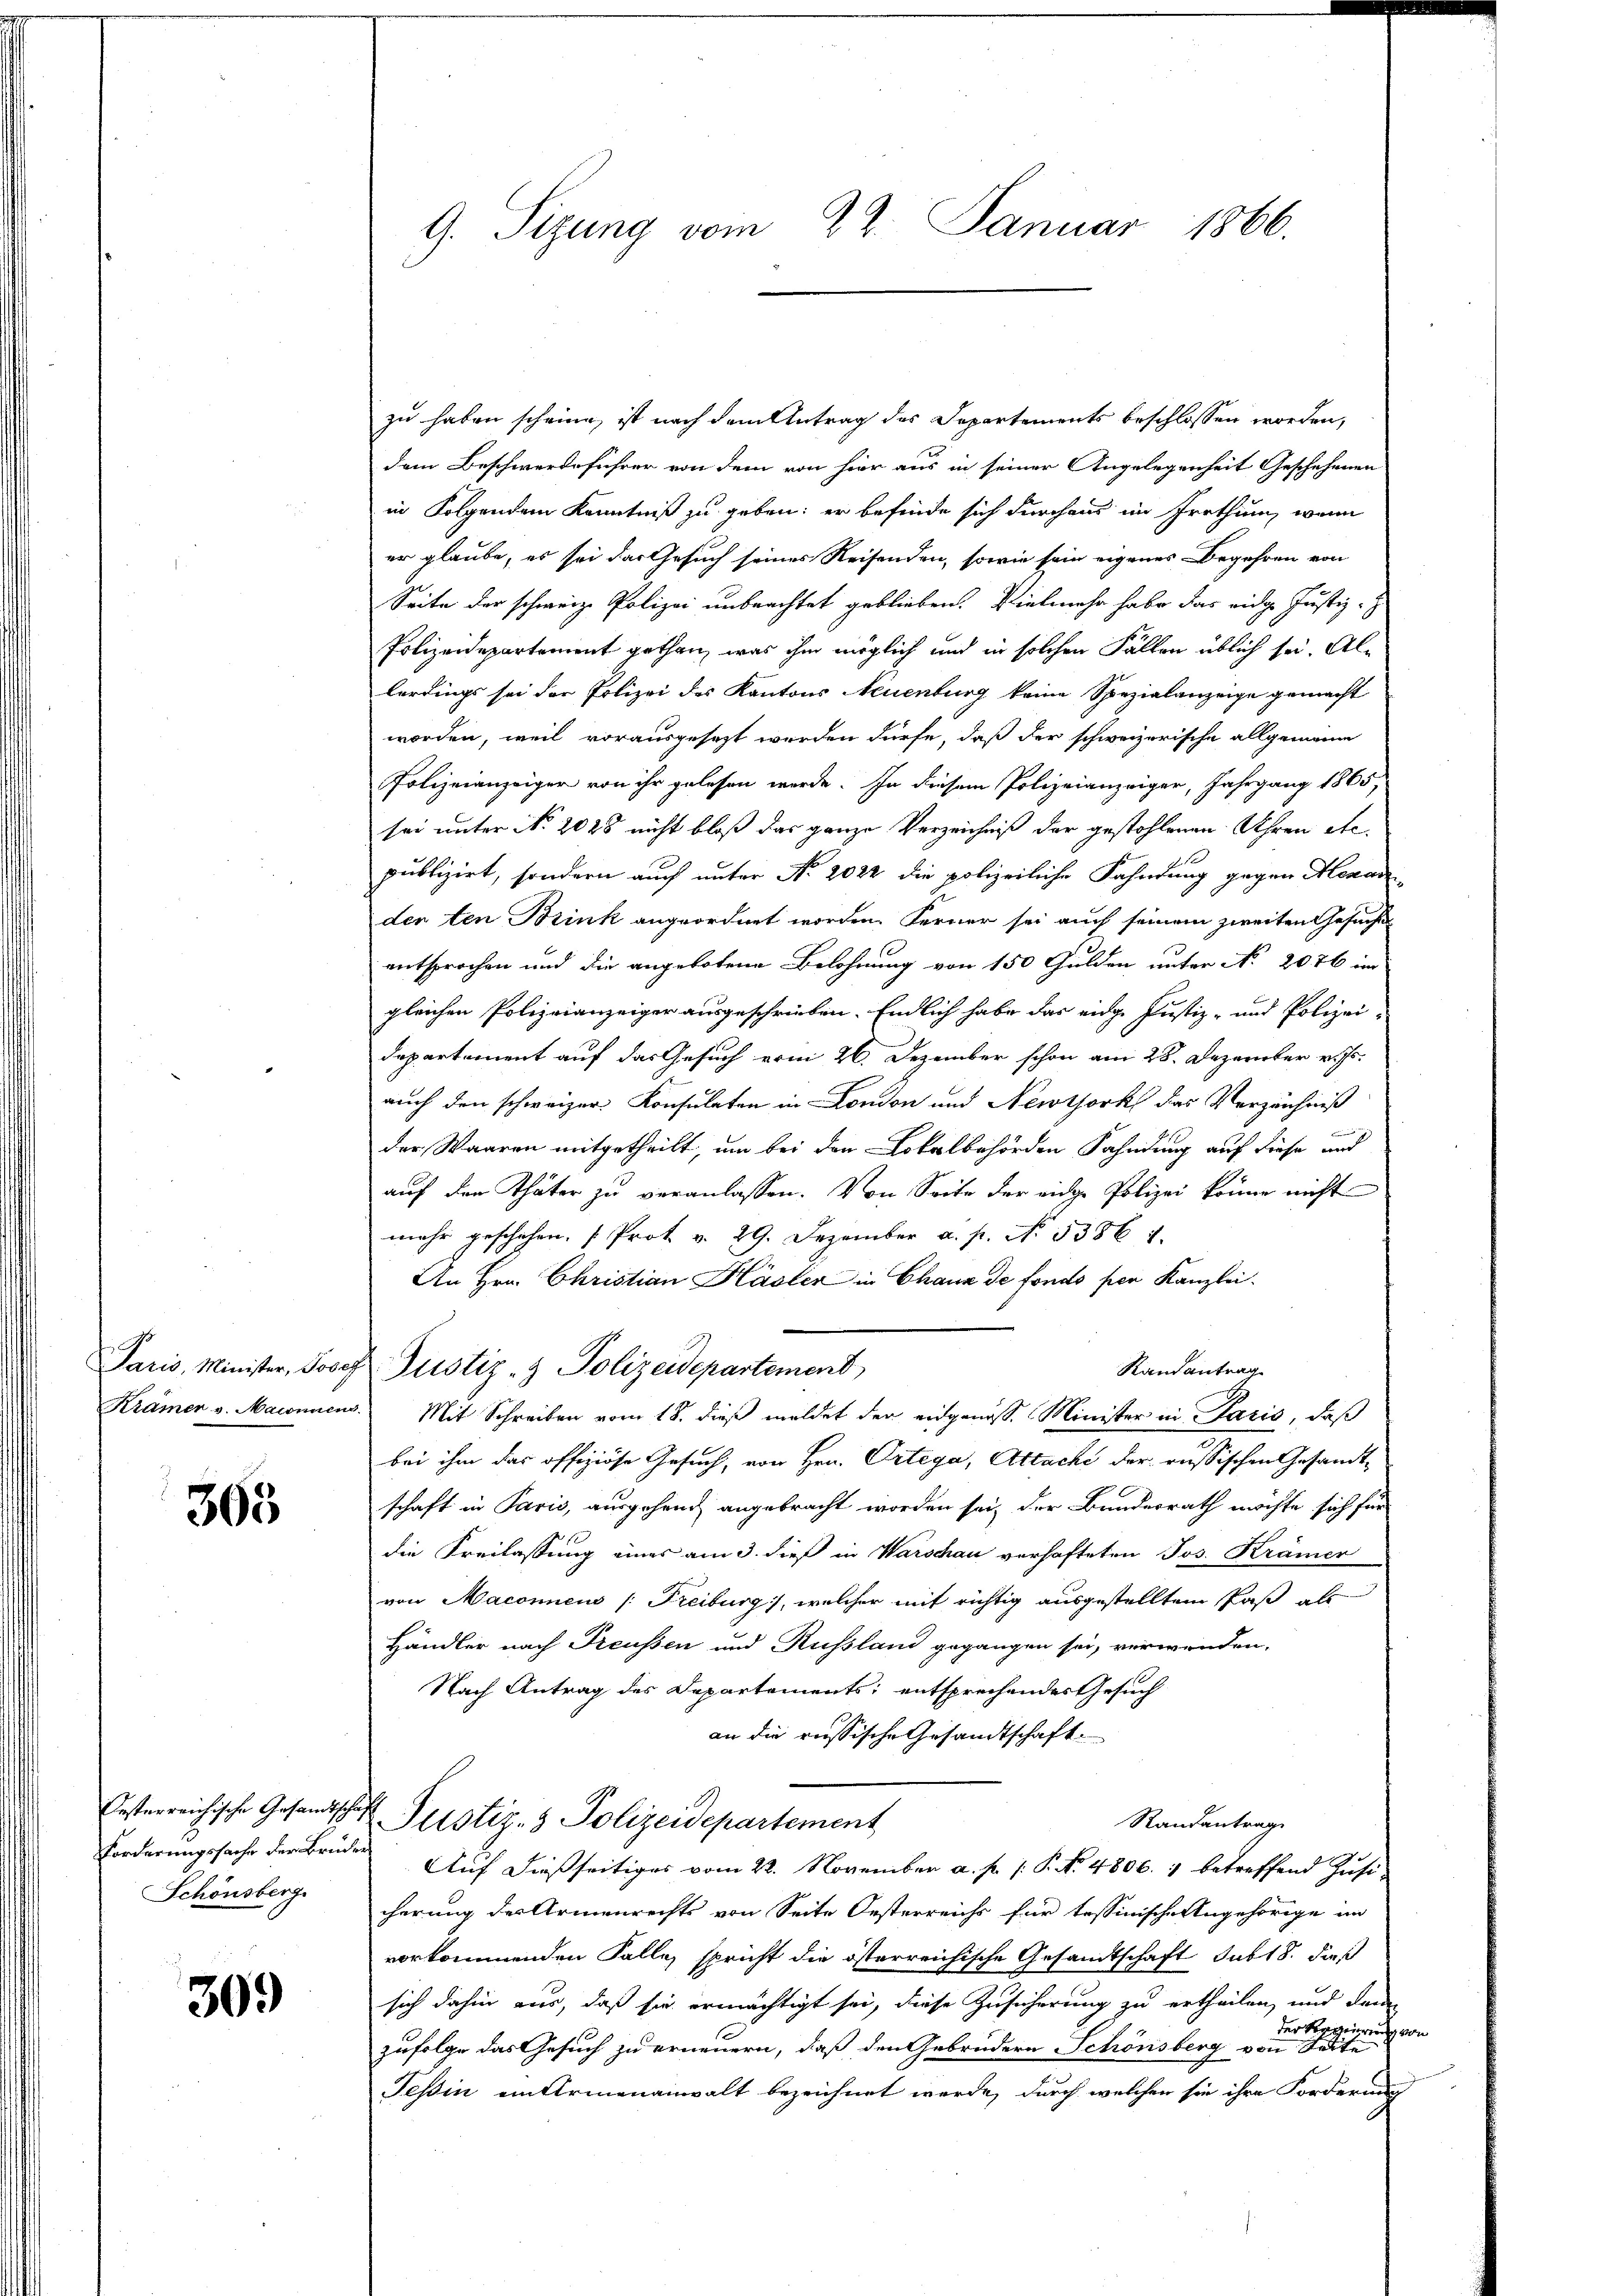
305

Schönsberg.

309

zu haben scheine, ist nach dem Antrag des Departements beschlossen worden,
dem Beschwerdeführer von dem von hier aus in seiner Angelegenheit Geschehenen
in Folgendem Kenntniß zu geben; er befinde sich durchaus im Irrthum, wenn
er glaube, es sei das Gesuch seines Reisenden, sowie sein eigenes Begehren von
Seite der schweiz. Polizei unbeachtet geblieben. Vielmehr habe das eidge Justiz-
Polizeidepartement gethan, was ihm möglich und in solchen Fällen üblich sei. Allerdings sei der Polizei des Kantons Neuenburg keine Spezialanzeige gemacht
worden, weil vorausgesezt werden dürfe, daß der schweizerische allgemeine
Polizeianzeiger von ihr gelesen werde. In diesem Polizeianzeiger, Jahrgang 1865,
sei unter No. 2028 nicht bloß das ganze Verzeichniß der gestohlenen Uhren etc.
publizirt, sondern auch unter No. 2022 die polizeiliche Fahndung gegen Menar
den ten Brink angeordnet worden. Ferner sei auch seinem zweiten Gesuches
entsprochen und die angebotene Belohnung von 150 Gulden unter No 2076 im
gleichen Polizeianzeiger ausgeschrieben. Endlich habe das eidge Justiz- und Polizei-
Departement auf das Gesuch vom 26. Dezember schon am 28. Dezember v. Js.
auch den schweizer Konsulaten in London und Newtork das Verzeichniß
der Waaren mitgetheilt, um bei den Lokalbehörden Fahndung auf diese und
auf den Thäter zu veranlassen. Von Seite der eidge Polizei könne nicht
mehr geschehen. (Prot. v. 29. Dezember a. p. No. 53861.
An Hrn. Christian Hasler in Chaux de fondo per Kanzlei.
Paris, Minister, Josef Pustiz- & Polizeidepartement,
Randantrag
Krämer v. Maionnen. Mit Schreiben vom 18. dieβ meldet der eidgenosse Minister in Paris, daß
bei ihm das offiziöse Gesuch, von Hrn. Ortega, Attache der russischen Gesandtschaft in Paris, ausgehend angebracht worden sei, der Bundesrath möchte sich für
die Freilassung eines am 3. dieß in Warschau verhafteten Jos. Krämer
von Maconnens (Freiburg), welcher mit richtig ausgestellten Paß als
Händler nach Preussen und Russland gegangen sei, verwenden,
Nach Antrag des Departements; entsprechendes Gesuch
an die russische Gesandtschaft.
Oesterreichische Gesandtsche Sistiz- & Polizeidepartement
Randantrag
Forderungssache der Brüder Auf dießseitiges vom 22. November a. f. 1: P. No. 4806. 1 betreffend Zusi-
cherung des Armenrechts von Seite Oesterreichs für tessinische Angehörige im
vorkommenden Falle, spricht die österreichische Gesandtschaft sub 18. dieß
sich dahin aus, daß sie ermächtigt sei, diese Zusicherung zu ertheilen, und dann
zufolge das Gesuch zu erneuern, daß den Gebrüdern Schönsberg
Tessin ein Armenanwalt bezeichnet werde, durch welchen sie ihre Forderung

G. Sizung vom 22. Januar 1866.